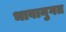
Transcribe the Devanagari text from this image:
भावानुगत